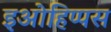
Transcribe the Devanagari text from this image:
इओहिप्पस